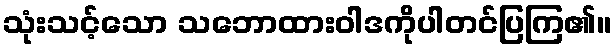
သုံးသင့်သော သဘောထားဝါဒကိုပါတင်ပြကြ၏။